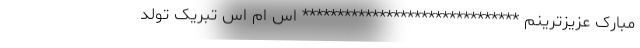
مبارک عزیزترینم ******************************* اس ام اس تبریک تولد